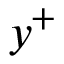
y ^ { + }